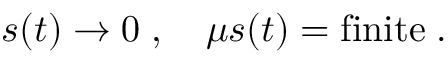
s ( t ) \to 0 \; , \quad \mu s ( t ) = \mathrm { f i n i t e } \; .